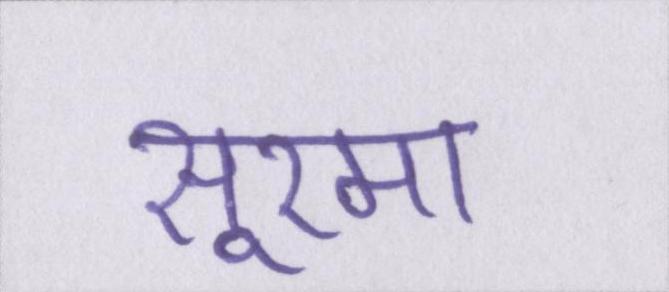
सूरमा